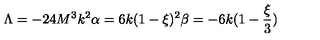
\Lambda = - 2 4 M ^ { 3 } k ^ { 2 } \alpha = 6 k ( 1 - \xi ) ^ { 2 } \beta = - 6 k ( 1 - \frac { \xi } { 3 } )